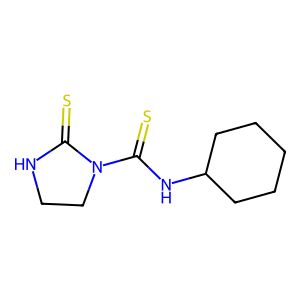
SMILES: S=C1NCCN1C(=S)NC1CCCCC1
Inhibits HIV replication: Yes